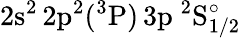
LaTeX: \mathrm{2s^{2}\, 2p^{2}(^{3}P)\, 3p~^{2}S_{1/2}^{\circ}}